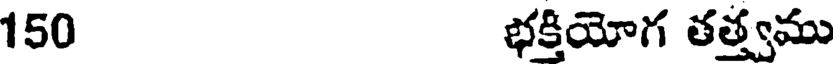
150 భక్తియోగ తత్త్వము